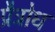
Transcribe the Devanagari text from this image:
प्रैत्रोध